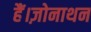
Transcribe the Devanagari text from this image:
हैं।ज़ोनाथन